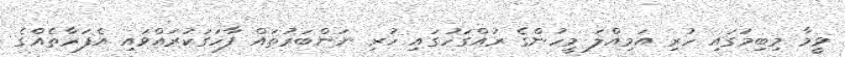
ވީމާ މިބިމުގައި ހުރި އަމިއްލަ މީހުންގެ ރުއްގަހުގައި ހުރި ނަންބަރުތައް ފާހަގަކުރައްވައި އެފަރާތެއްގެ